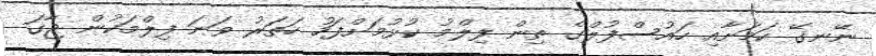
ނޭނގޭ ކަމަށާއި ހައުސްފުލްގެ ތިން ފިލްމު ކުޅުމަށްފަހު ހަތަރު ވަނަ ފިލްމަކުން ޖާގަ